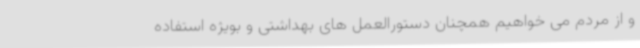
و از مردم می خواهیم همچنان دستورالعمل های بهداشتی و بویژه استفاده